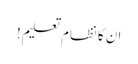
ان کا نظام تعلیم!